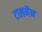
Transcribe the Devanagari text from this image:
टालमैन